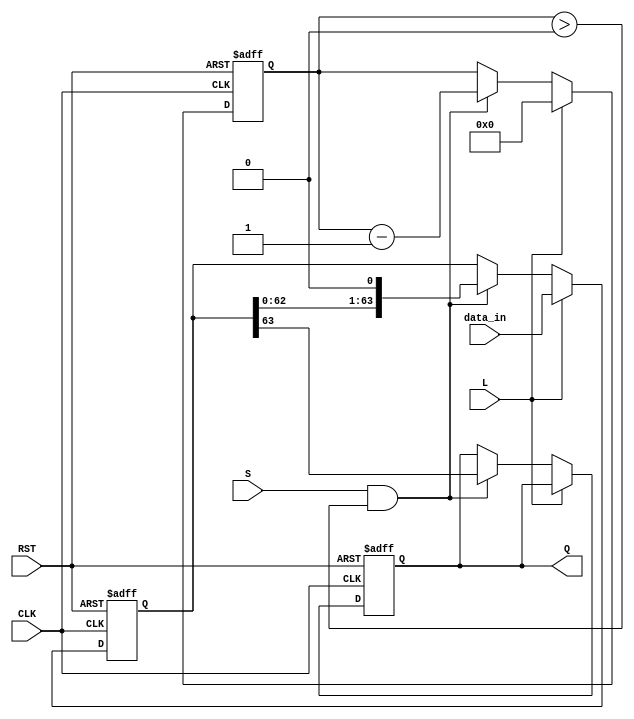
module PISO_Register (
    input wire [63:0] data_in,  // 64-bit input data
    input wire L,                // Load control signal
    input wire S,                // Shift control signal
    input wire CLK,              // Clock signal
    input wire RST,              // Reset signal
    output reg Q                 // Serial output
);

    reg [63:0] shift_reg;        // Internal storage for 64-bit data
    reg [5:0] bit_count;         // Counter for the number of bits shifted out

    // Asynchronous reset
    always @(posedge CLK or posedge RST) begin
        if (RST) begin
            shift_reg <= 64'b0;   // Clear the register
            Q <= 1'b0;            // Set output to low
            bit_count <= 6'b0;     // Reset bit counter
        end else begin
            if (L) begin
                shift_reg <= data_in; // Load data into the register
                bit_count <= 6'd64;    // Set bit count to 64 (ready to shift)
            end else if (S && bit_count > 0) begin
                Q <= shift_reg[63];   // Output the MSB
                shift_reg <= shift_reg << 1; // Shift left
                bit_count <= bit_count - 1; // Decrement bit count
            end
        end
    end

endmodule